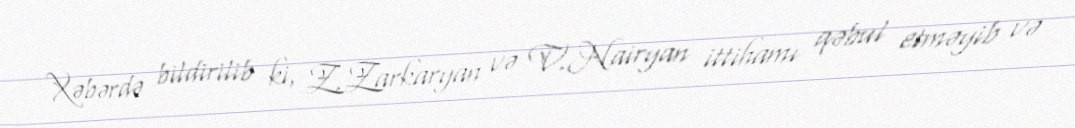
Xəbərdə bildirilib ki, Z.Zarkaryan və V.Nairyan ittihamı qəbul etməyib və